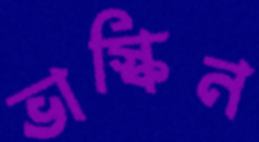
ভাস্কিন